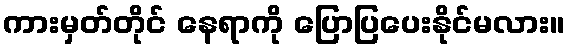
ကားမှတ်တိုင် နေရာကို ပြောပြပေးနိုင်မလား။